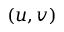
( u , v )